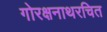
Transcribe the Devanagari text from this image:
गोरक्षनाथरचित